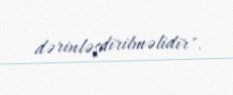
dərinləşdirilməlidir".